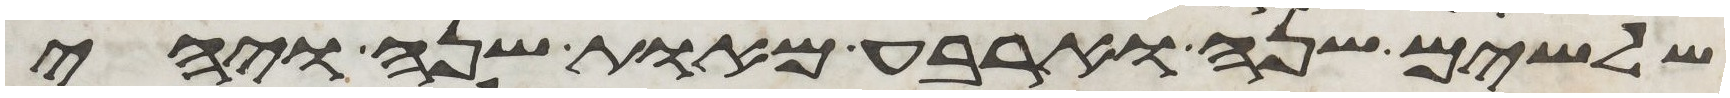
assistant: שלשים שנה וארבע מאות שנה ויהי